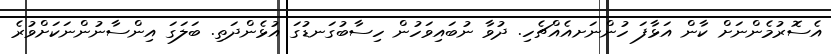
އެސޮރުމެންނަށް ކާން އަޅާފަ ހުންނަށއެއްޗެހި. ދުވާ ނުބައިވަހުން ހިސާބުގަނޑުގަ އުޅެންދަތި. ބަލަގަ އިންސާނުންނަކަށްވުރެ